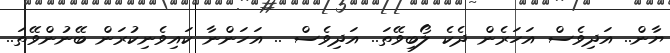
ޔާން.. އަދިވެސް އަހަރެން ދެކެ ލޯބިވޭތަ.. އަދިވެސް .. އަހަންނާ ކައިވެނިކުރަން ބޭނުންވޭތަ..